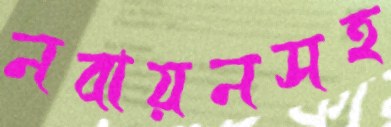
নবায়নসহ